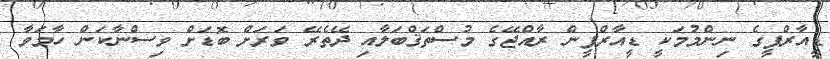
ޑީއާރްޕީގެ ނިންމުމަކީ ޑީއާރްޕީން ރާއްޖޭގެ މުސްތަޤްބަލާއި ދޭތެރޭ ވަރަށް ބޮޑަށް ވިސްނާކަން ހާމަވާ